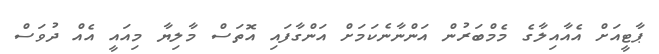
ޕާޓީއަށް އެއާއިލާގެ މެމްބަރުން އަންނާނެކަމަށް އަންގާފައި އޮތަސް މާލިޔާ މިއައީ އެއް ދުވަސް